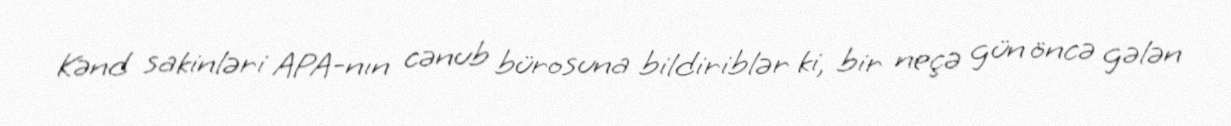
Kənd sakinləri APA-nın cənub bürosuna bildiriblər ki, bir neçə gün öncə gələn